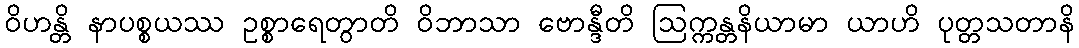
ဝိဟန္တိ နာပစ္စယဿ ဥစ္စာရေတွာတိ ဝိဘာသာ ဗောန္ဒီတိ ဩက္ကန္တနိယာမာ ယာဟိ ပုတ္တသတာနိ